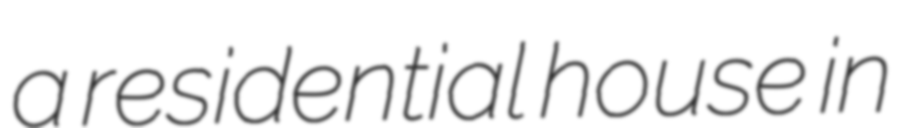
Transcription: a residential house in